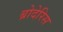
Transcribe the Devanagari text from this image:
ब्रोदेरिस